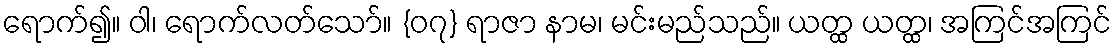
ရောက်၍။ ဝါ၊ ရောက်လတ်သော်။ {၀၇} ရာဇာ နာမ၊ မင်းမည်သည်။ ယတ္ထ ယတ္ထ၊ အကြင်အကြင်